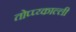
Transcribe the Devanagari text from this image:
तोप्प्य्काल्ली